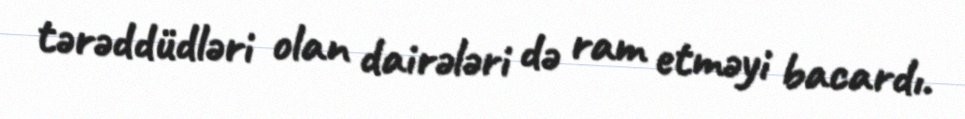
tərəddüdləri olan dairələri də ram etməyi bacardı.